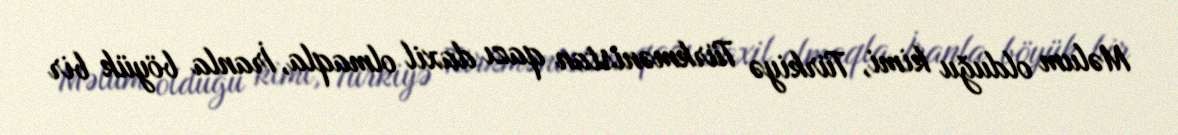
Məlum olduğu kimi, Türkiyə Türkmənistan qazı daxil olmaqla, İranla böyük bir